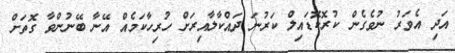
އަދި އެވަރު ނުވެގެން ކުރޮކޮޑައިލް ކަރުނަ ދައްކާލާއިރަށް ހުރިހާކަމެއް އޭނާ ބޭނުންވާ ގޮތަށް